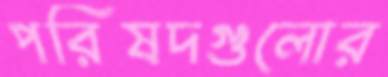
পরিষদগুলোর